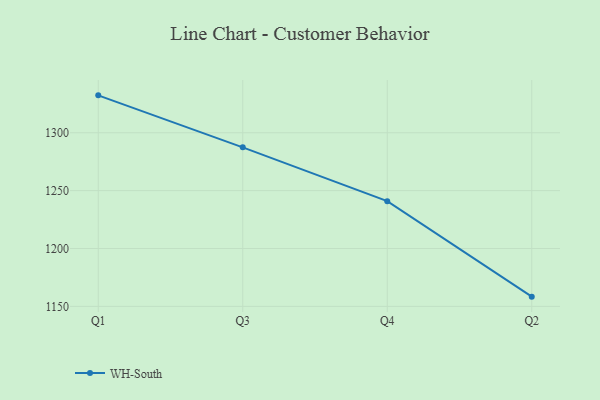
{"axis": {"x": "Quarter", "y": "Humidity (%)"}, "legend": ["WH-South"], "data": [{"x": "Q1", "y": 1332.3, "type": "WH-South"}, {"x": "Q3", "y": 1287.4, "type": "WH-South"}, {"x": "Q4", "y": 1240.9, "type": "WH-South"}, {"x": "Q2", "y": 1158.4, "type": "WH-South"}]}